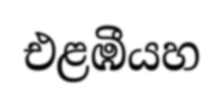
එළඹීයහ